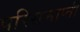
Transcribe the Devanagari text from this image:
परिसमाप्ती